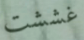
غششت